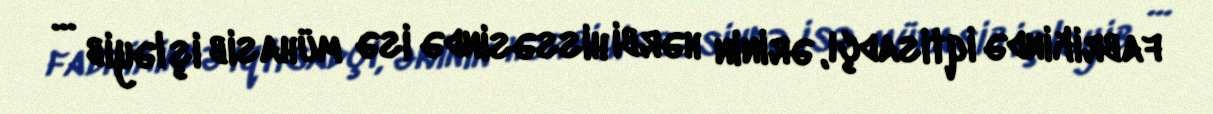
fabrikində iqtisadçı, ərinin hərbi hissəsində isə mühasib işləyib ...